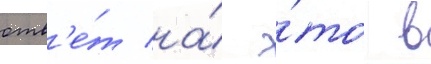
отв'е́т на́ э́то в